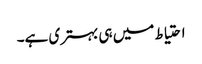
احتیاط میں ہی بہتری ہے۔